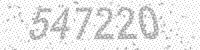
Solution: 547220